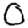
Digit: 0